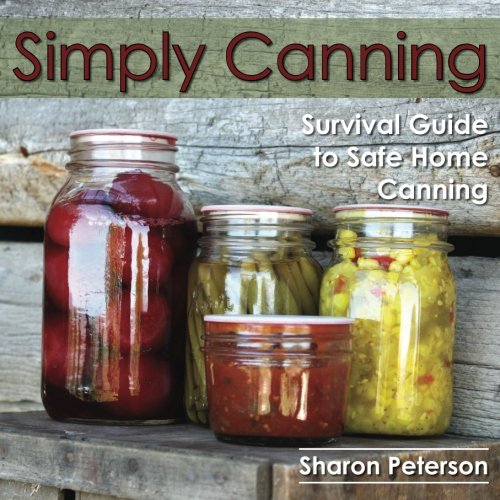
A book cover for Simply Canning: Survival Guide to Safe Home Canning; Sharon Peterson; Cookbooks, Food & Wine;